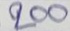
200